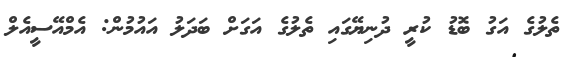
ތެލުގެ އަގު ބޮޑު ކުރީ ދުނިޔޭގައި ތެލުގެ އަގަށް ބަދަލު އައުމުން: އެމްއޭސީއެލް